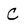
Character: C